Problem: 49 + 67 = ?
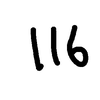
Handwritten answer: 116